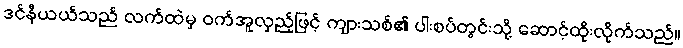
ဒင်နီယယ်သည် လက်ထဲမှ ဝက်အူလှည့်ဖြင့် ကျားသစ်၏ ပါးစပ်တွင်းသို့ ဆောင့်ထိုးလိုက်သည်။